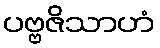
ပဗ္ဗဇိသာဟံ